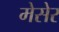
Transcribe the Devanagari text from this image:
मेसेर